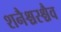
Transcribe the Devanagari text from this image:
शनैश्चरश्चैव